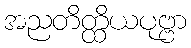
အညတိတ္ထိယပုဗ္ဗာ